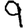
Digit: 9